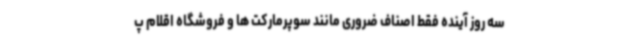
سه روز آینده فقط اصناف ضروری مانند سوپرمارکت ها و فروشگاه اقلام پ